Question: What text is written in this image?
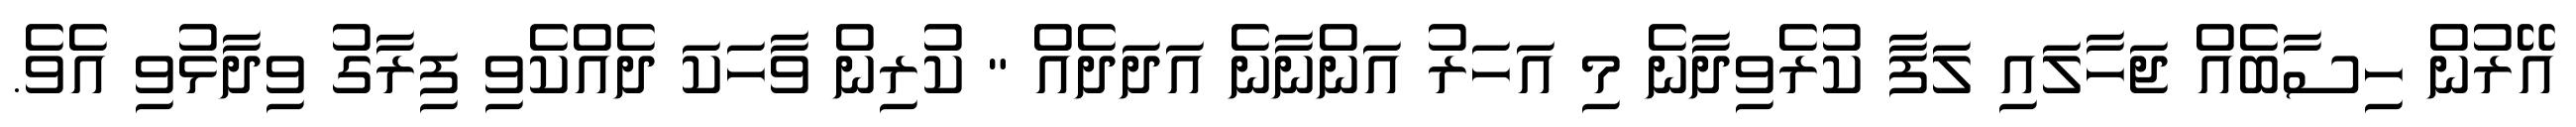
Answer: އޭރުން ހިސާބެއް ޖަހާލައި ލަފާ ކުރެވިދާނެ މި އަހަރު އަންނާނެ އަދަދެއް " ކުރިން ވާހަކަ ދެއްކެވި ފިރާގު ވިދާޅުވި އެވެ.